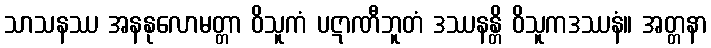
သာသနဿ အနနုလောမတ္တာ ဝိသူကံ ပဋာဏီဘူတံ ဒဿနန္တိ ဝိသူကဒဿနံ။ အတ္တနာ